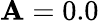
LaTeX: \mathbf{A}=0.0